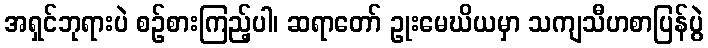
အရှင်ဘုရားပဲ စဉ်စားကြည့်ပါ၊ ဆရာတော် ဥုးမေဃိယမှာ သကျသီဟစာပြန်ပွဲ